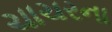
ચાચરના